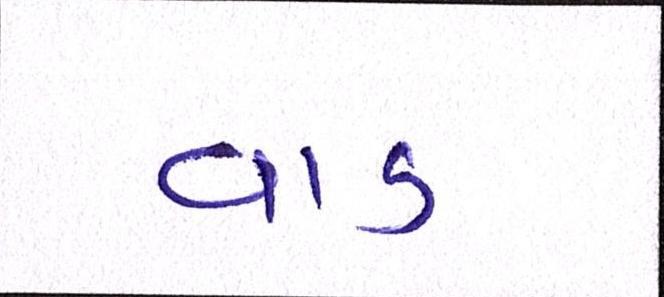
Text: વાડ